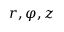
r , \varphi , z